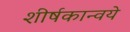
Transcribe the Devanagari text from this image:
शीर्षकान्वये